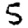
Digit: 5